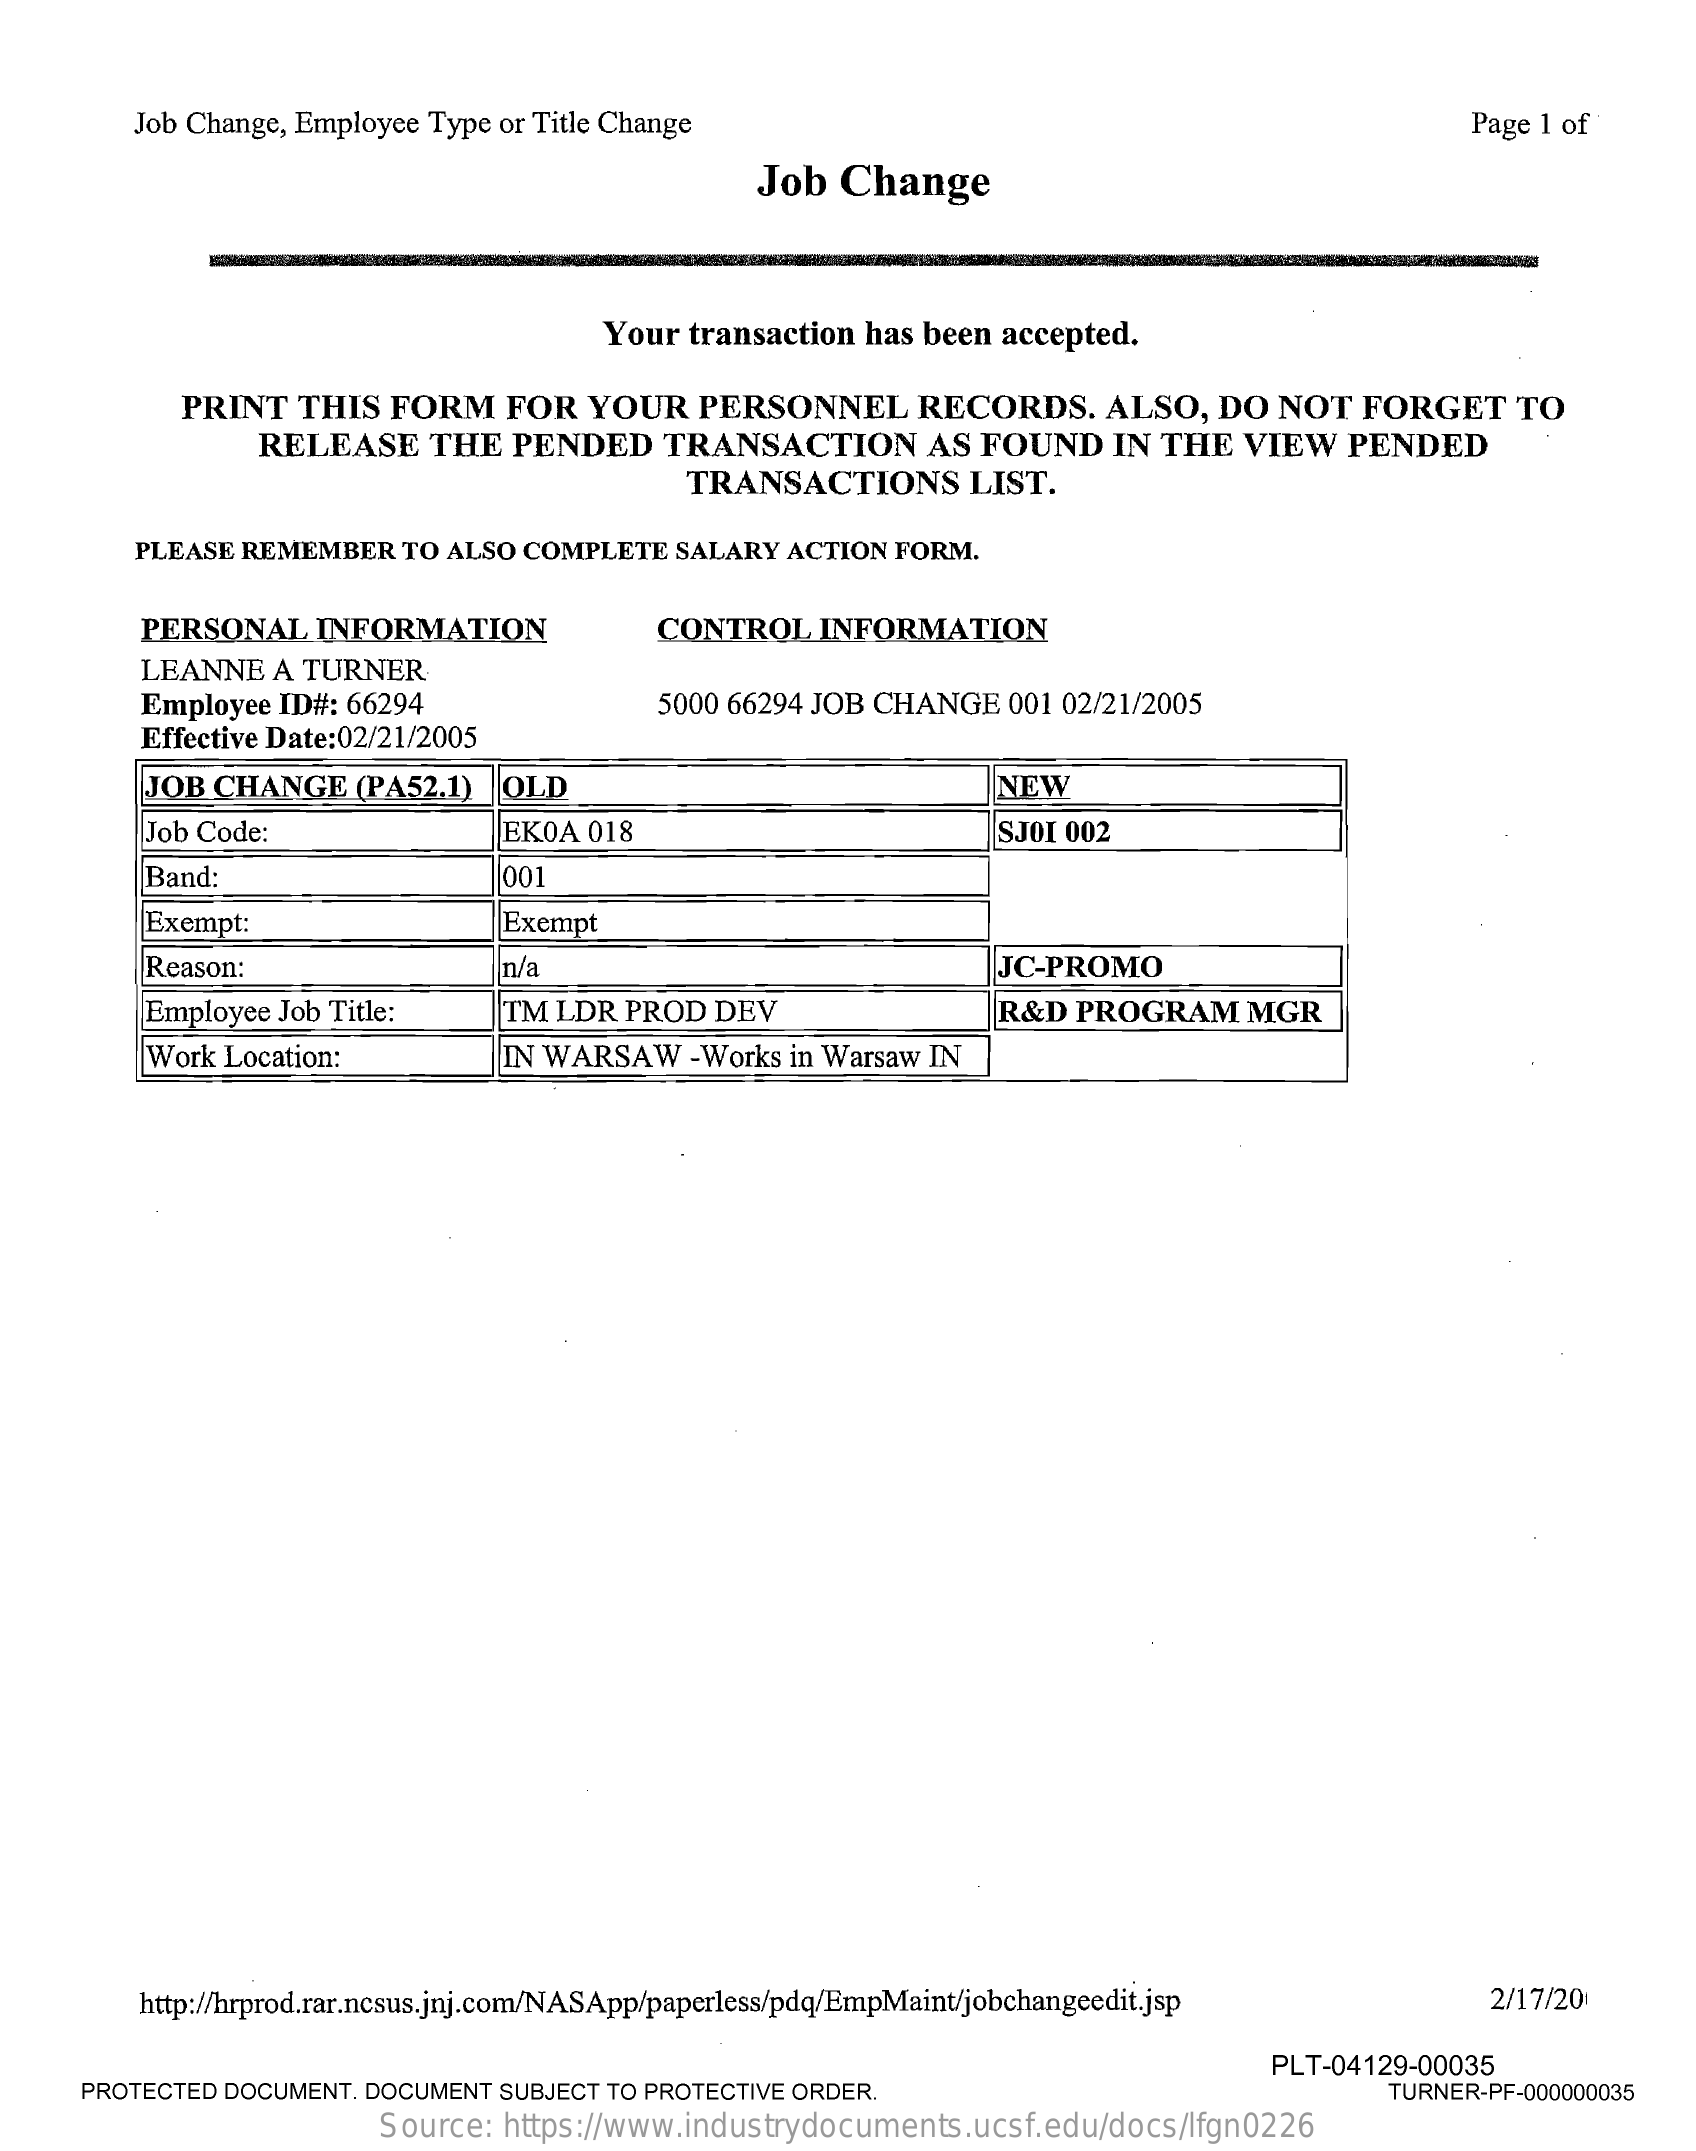
Job Change, Employee Type or Title Change    Page 1 of
     Job Change
     Your transaction has been accepted.
     PRINT  THIS FORM   FOR  YOUR   PERSONNEL    RECORDS.   ALSO,  DO NOT  FORGET    TO
     RELEASE   THE  PENDED   TRANSACTION    AS FOUND   IN THE  VIEW  PENDED
     TRANSACTIONS    LIST.
     PLEASE REMEMBER TO ALSO COMPLETE SALARY ACTION FORM.
     PERSONAL  INFORMATION    CONTROL  INFORMATION
     LEANNE A TURNER
     Employee ID#: 66294    5000 66294 JOB CHANGE 001 02/21/2005
     Effective Date:02/21/2005
     JOB CHANGE  (PA52.1) OLD    NEW
     Job Code:    EKOA 018    SJOI 002
     Band:    001
     Exempt:    Exempt
     Reason:    n/a    JC-PROMO
     Employee Job Title:  TM LDR PROD  DEV    R&D PROGRAM    MGR
     Work Location:    IN WARSAW  -Works in Warsaw IN
     http://hrprod.rar.ncsus.jnj.com/NASApp/paperless/pdq/EmpMaint/jobchangeedit.jsp 2/17/201
     PROTECTED DOCUMENT. DOCUMENT SUBJECT TO PROTECTIVE ORDER.
     PLT-04129-00035
     TURNER-PF-000000035
     Source: https://www.industrydocuments.ucsf.edu/docs/lfgn0226